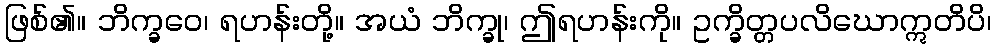
ဖြစ်၏။ ဘိက္ခဝေ၊ ရဟန်းတို့။ အယံ ဘိက္ခု၊ ဤရဟန်းကို။ ဥက္ခိတ္တပလိဃောဣတိပိ၊